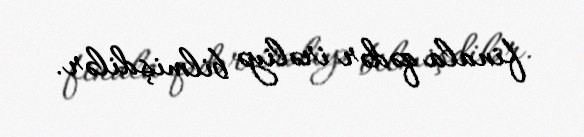
finala qədər irəliyə bilmişdilər.